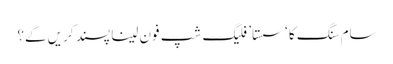
سام سنگ کا ‘سستا’ فلیگ شپ فون لینا پسند کریں گے؟